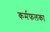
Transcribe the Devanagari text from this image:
कर्मफलका